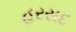
હરસદ